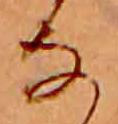
な